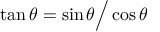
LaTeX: \tan \theta = \sin \theta { \Big / } \cos \theta